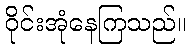
ဝိုင်းအုံနေကြသည်။